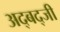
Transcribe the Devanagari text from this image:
अद्बद्जी